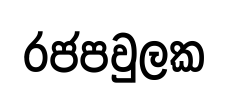
රජපවුලක